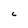
Character: C